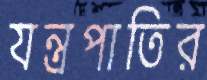
যন্ত্রপাতির